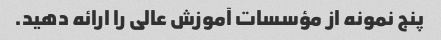
پنج نمونه از مؤسسات آموزش عالی را ارائه دهید.